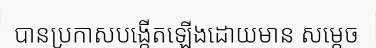
បានប្រកាសបង្កើតឡើងដោយមាន សម្តេច